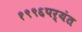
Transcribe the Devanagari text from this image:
१९९६पर्यंत